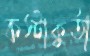
কস্টাকুর্তা